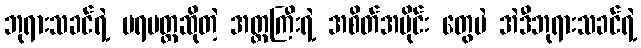
ဘုရားသခင်ရဲ့ ပရမတ္တဆိုတဲ့ အတ္တကြီးရဲ့ အစိတ်အပိုင်း တွေပဲ အဲဒီဘုရားသခင်ရဲ့